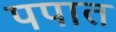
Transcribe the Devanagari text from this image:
पपात